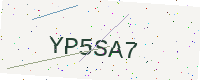
Text: YP5SA7